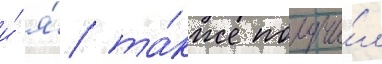
и́ я́ та́кже получи́л